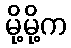
မို့မို့က